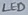
Text: LED